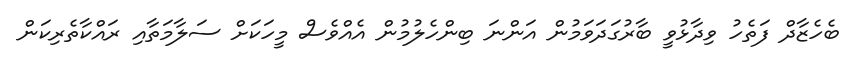
ބެހެޒާދް ފަތެހު ވިދާޅުވީ ބާރުގަދަވަމުން އަންނަ ބިންހެލުމުން އެއްވެސް މީހަކަށް ސަލާމަތާއި ރައްކާތެރިކަން